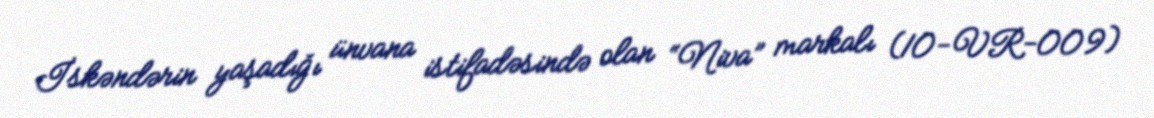
İskəndərin yaşadığı ünvana istifadəsində olan “Niva” markalı (10-VR-009)